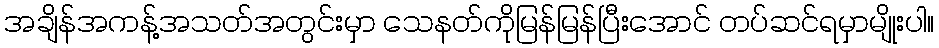
အချိန်အကန့်အသတ်အတွင်းမှာ သေနတ်ကိုမြန်မြန်ပြီးအောင် တပ်ဆင်ရမှာမျိုးပါ။